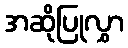
အဆိုပြုလွှာ